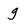
Character: g